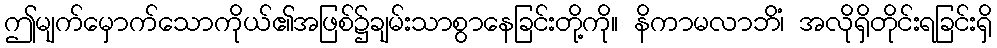
ဤမျက်မှောက်သောကိုယ်၏အဖြစ်၌ချမ်းသာစွာနေခြင်းတို့ကို။ နိကာမလာဘိံ၊ အလိုရှိတိုင်းရခြင်းရှိ